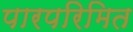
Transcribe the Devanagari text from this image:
पारपरिमित